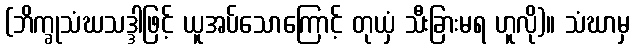
(ဘိက္ခုသံဃသဒ္ဒါဖြင့် ယူအပ်သောကြောင့် တုယှံ သီးခြားမရ ဟူလို)။ သံဃာမှ